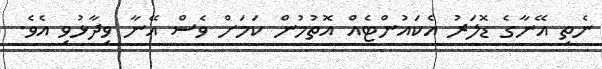
ނެތި އޭނާގެ ޑޮލަރު އެކައުންޓެއް އޮތުމުން ކަމަށް ވެސް އޭނާ ވިދާޅުވި އެވެ.